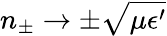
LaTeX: n_{\pm}\rightarrow\pm\sqrt{\mu\epsilon^{\prime}}